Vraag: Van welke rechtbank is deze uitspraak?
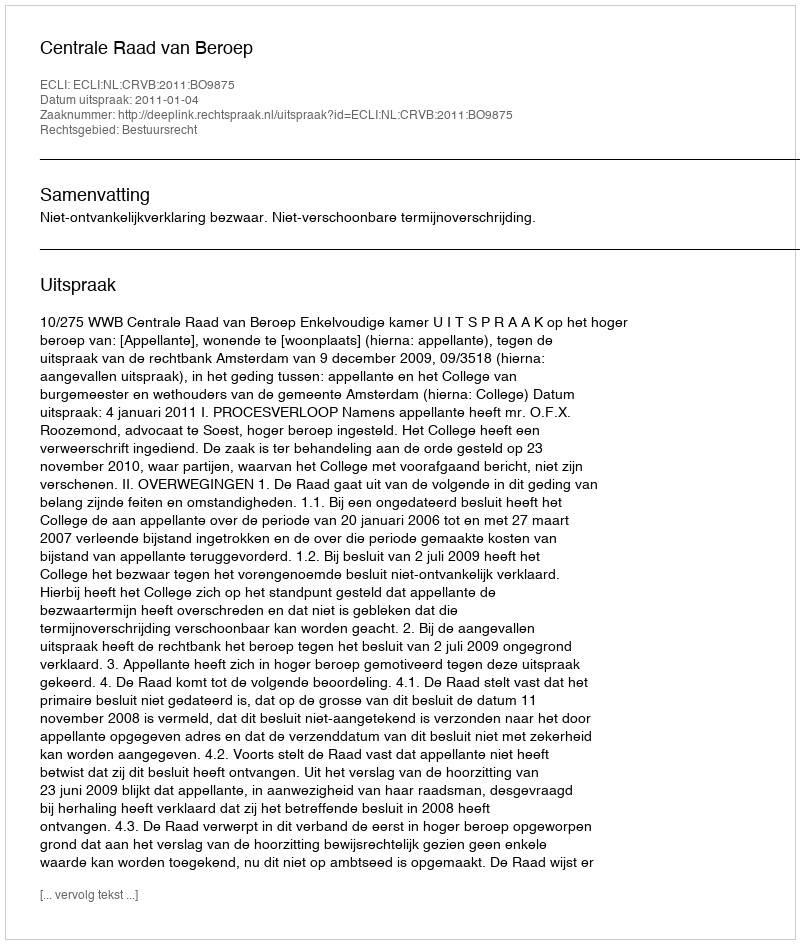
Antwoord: Centrale Raad van Beroep